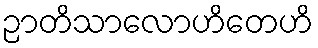
ဉာတိသာလောဟိတေဟိ